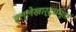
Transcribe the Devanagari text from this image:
हृल्लेखार्द्धभूता